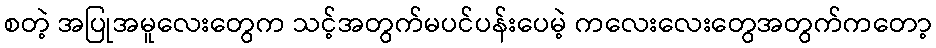
စတဲ့ အပြုအမူလေးတွေက သင့်အတွက်မပင်ပန်းပေမဲ့ ကလေးလေးတွေအတွက်ကတော့